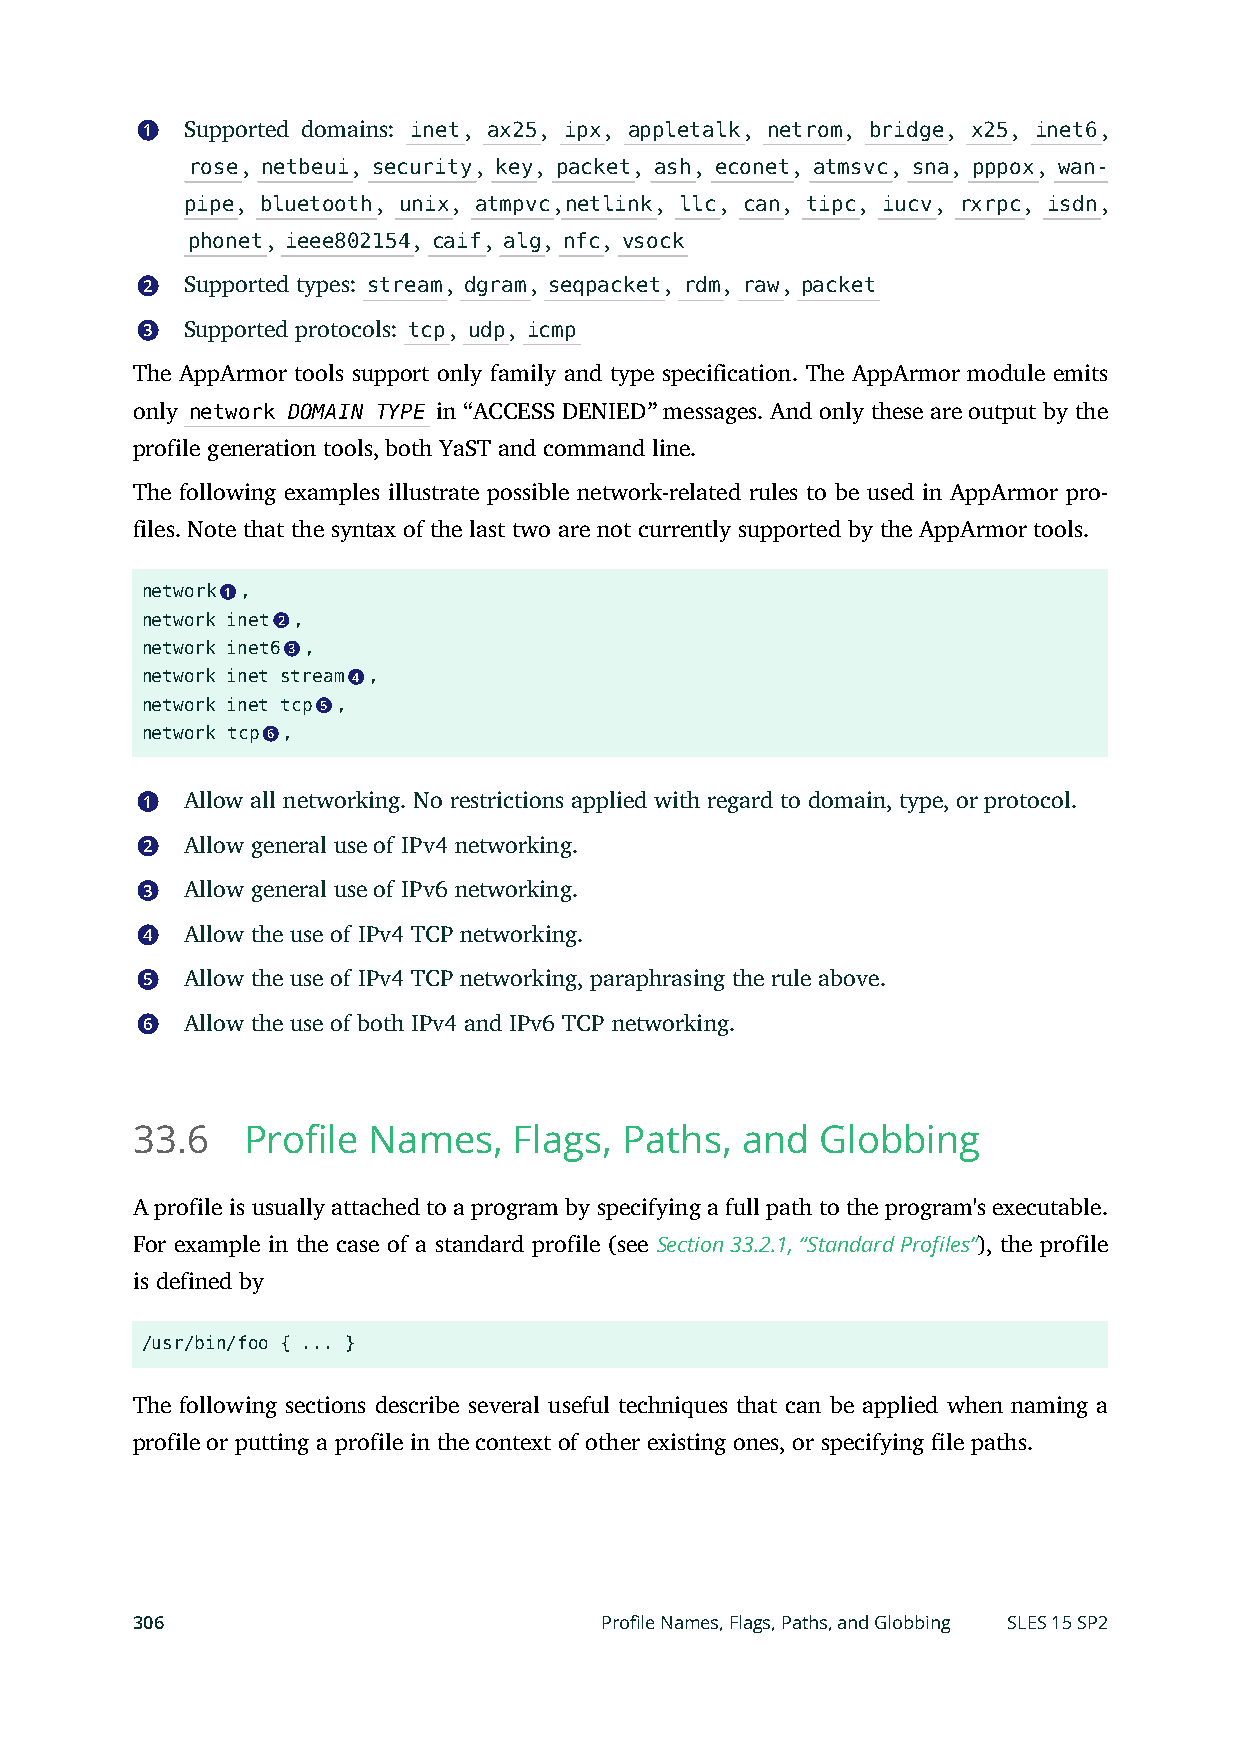
1  Supported domains: inet, ax25, ipx, appletalk, netrom, bridge, x25, inet6,
 rose, netbeui, security, key, packet, ash, econet, atmsvc, sna, pppox, wan-
 pipe, bluetooth, unix, atmpvc,netlink, llc, can, tipc, iucv, rxrpc, isdn,
 phonet, ieee802154, caif, alg, nfc, vsock
 2  Supported types: stream, dgram, seqpacket, rdm, raw, packet
 3  Supported protocols: tcp, udp, icmp
 The AppArmor tools support only family and type specification. The AppArmor module emits
 only network DOMAIN TYPE in “ACCESS DENIED” messages. And only these are output by the
 profile generation tools, both YaST and command line.
 The following examples illustrate possible network-related rules to be used in AppArmor pro-
 files. Note that the syntax of the last two are not currently supported by the AppArmor tools.
 network 1 ,
 network inet 2 ,
 network inet6 3 ,
 network inet stream 4 ,
 network inet tcp 5 ,
 network tcp 6 ,
 1  Allow all networking. No restrictions applied with regard to domain, type, or protocol.
 2  Allow general use of IPv4 networking.
 3  Allow general use of IPv6 networking.
 4  Allow the use of IPv4 TCP networking.
 5  Allow the use of IPv4 TCP networking, paraphrasing the rule above.
 6  Allow the use of both IPv4 and IPv6 TCP networking.
 33.6   Profile Names,    Flags, Paths,  and  Globbing
 A profile is usually attached to a program by specifying a full path to the program's executable.
 For example in the case of a standard profile (see Section 33.2.1, “Standard Profiles”), the profile
 is defined by
 /usr/bin/foo { ... }
 The following sections describe several useful techniques that can be applied when naming a
 profile or putting a profile in the context of other existing ones, or specifying le paths.
 306                            Profile Names, Flags, Paths, and Globbing SLES 15 SP2